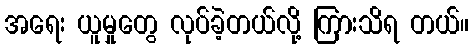
အရေး ယူမှုတွေ လုပ်ခဲ့တယ်လို့ ကြားသိရ တယ်။